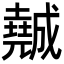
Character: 𡓖